Vaccination in Bombay 1874-1876 - 1874-1876
Year: 1874
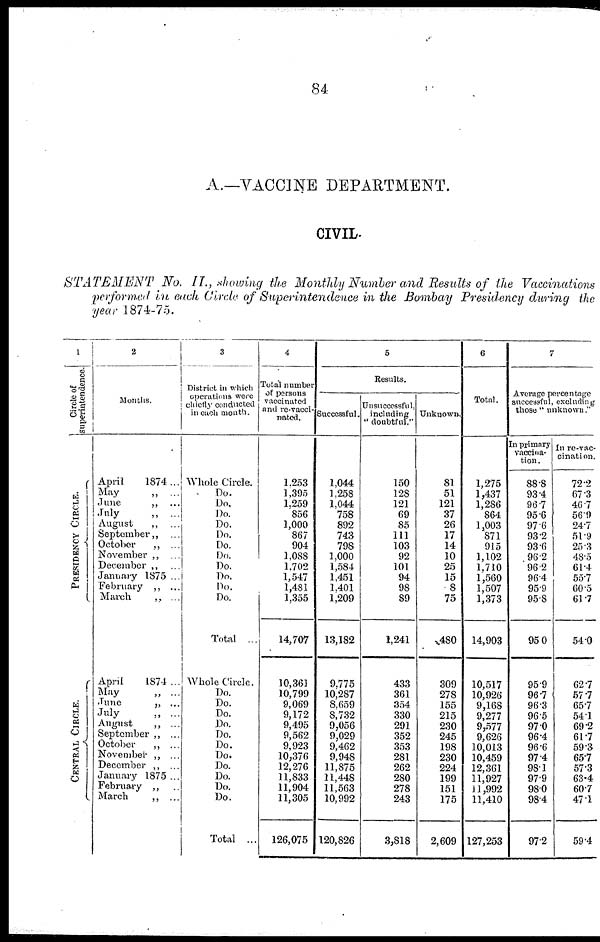
84
A.—VACCINE DEPARTMENT.
CIVIL.
STATEMENT
No. II., showing the Monthly Number and Results of the Vaccinations
performed in each Circle of Superintendence in the Bombay Presidency during the
year 1874-75.
1
Circle of
superintendence.
PRESIDENCY CIRCLE.
CENTRAL CIRCLE.
2
Months.
April
1874...
May
„ ...
June
„ ...
July
„ ...
August
„ ...
September „ ...
October
„ ...
November „ ...
December „ ...
January 1875 ...
February „ ...
March
„ ...
April
1874 ...
May
„ ...
June
„ ...
July
„ ...
August
„ ...
September „ ...
October
„ ...
November „ ...
December „ ...
January 1875 ...
February „ ...
March
„ ...
3
District in which
operations were
chiefly conducted
in each month.
whole Circle.
Do.
Do.
Do.
Do.
Do.
Do.
Do.
Do.
Do.
Do.
Do.
Total ...
Whole Circle.
Do.
Do.
Do.
Do.
Do.
Do.
Do.
Do.
Do.
Do.
Do.
Total ...
4
Total number
of persons
vaccinated
and re-vacci¬
nated.
1,253
1,395
1,259
856
1,000
867
904
1,088
1,702
1,547
1,481
1,355
14,707
10,361
10,799
9,069
9,172
9,495
9,562
9,923
10,376
12,276
11,833
11,904
11,305
126,075
5
Results.
Successful.
1,044
1,258
1,044
758
892
743
798
1,000
1,584
1,451
1,401
1,209
13,182
9,775
10,287
8,659
8,732
9,056
9,029
9,462
9,948
11,875
11,448
11,563
10,992
120,826
Unsuccessful,
including
" doubtful."
150
128
121
69
85
111
103
92
101
94
98
89
1,241
433
361
354
330
291
352
353
281
262
280
278
243
3,818
Unknown.
81
51
121
37
26
17
14
10
25
15
8
75
480
309
278
155
215
230
245
198
230
224
199
151
175
2,609
6
Total.
1,275
1,437
1,286
864
1,003
871
915
1,102
1,710
1,560
1,507
1,373
14,903
10,517
10,926
9,168
9,277
9,577
9,626
10,013
10,459
12,361
11,927
11,992
11,410
127,253
7
Average percentage
successful, excluding
those " unknown."
En primary
vaccina-
tion .
88.8
93.4
96.7
95.6
97.6
93.2
93.6
96.2
96.2
96.4
95.9
95.8
95.0
95.9
96.7
96.3
96.5
97.0
96.4
96.6
97.4
98.1
97.9
98.0
98.4
97.2
In re-vac-
cination.
72.2
67.3
46.7
56.9
24.7
51.9
25.3
48.5
61.4
55.7
60.5
61.7
54.0
62.7
57.7
65.7
54.1
69.2
61.7
59.3
65.7
57.3
63.4
60.7
47.1
59.4